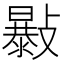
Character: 𣀛